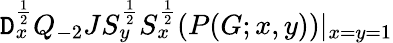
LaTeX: \mathtt{D}_{x}^{\frac{{1}}{{2}}}Q_{-2}JS_{y}^{\frac{{1}}{{2}}}S_{x}^{\frac{{1}}{{2}}}(P(G;x,y))|_{x=y=1}